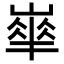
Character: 𡼀